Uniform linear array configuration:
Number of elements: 4
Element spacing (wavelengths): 0.75
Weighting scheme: kaiser
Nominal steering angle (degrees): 45
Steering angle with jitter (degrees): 46.371
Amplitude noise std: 0.05
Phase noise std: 0.05

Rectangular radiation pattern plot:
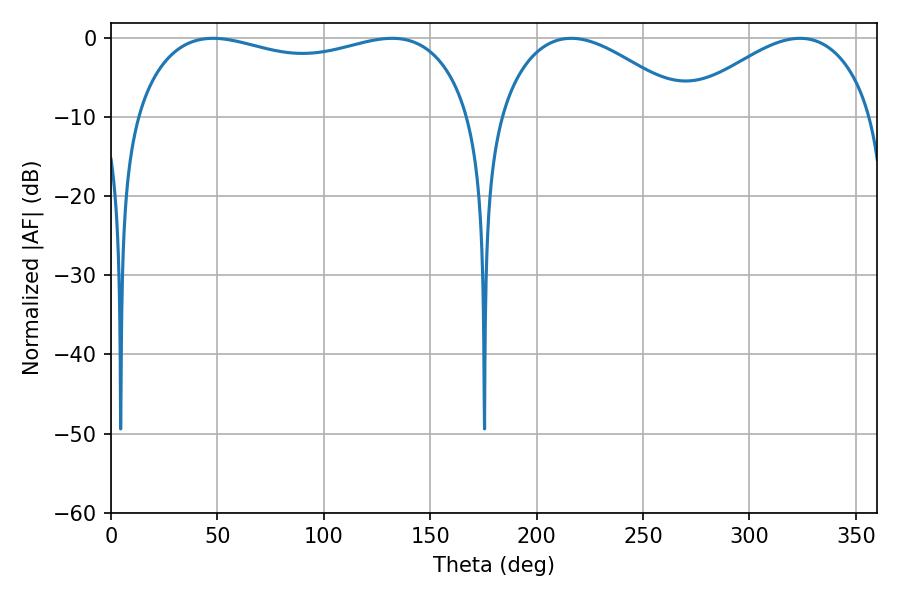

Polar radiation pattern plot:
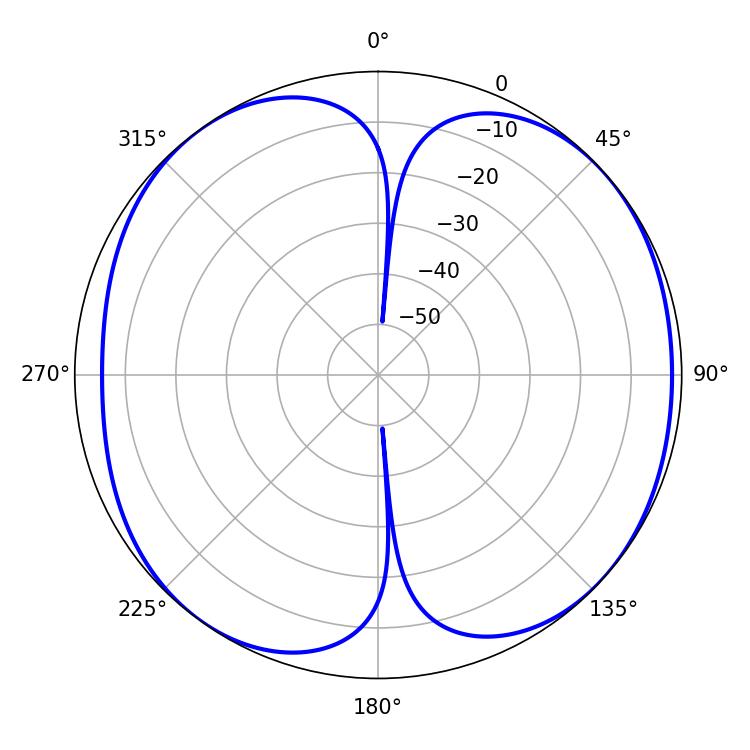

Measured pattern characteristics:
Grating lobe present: TRUE
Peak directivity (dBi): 7.868
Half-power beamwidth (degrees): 129.24
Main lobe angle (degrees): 47.88